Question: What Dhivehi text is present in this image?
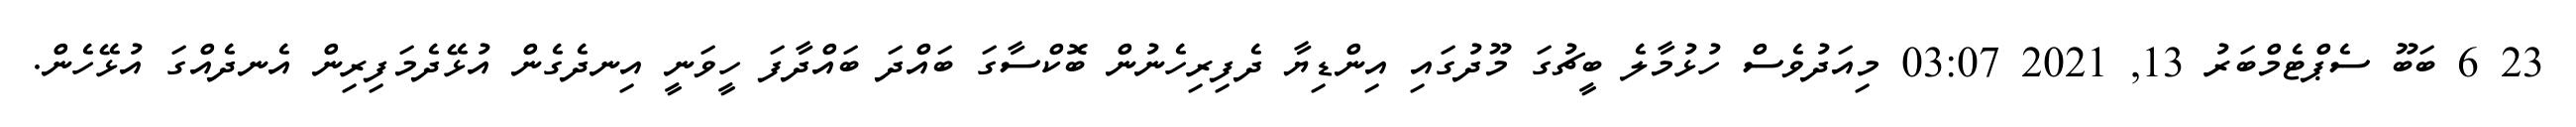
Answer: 23 6 ބަބޫ ސެޕްޓެމްބަރު 13, 2021 03:07 މިއަދުވެސް ހުޅުމާލެ ބީޗުގަ މޫދުގައި އިންޑިޔާ ދެފިރިހެނުން ބޮކްސާގަ ބައްދަ ބައްދާފަ ހީވަނީ އިނދެގެން އުޅޭދެމަފިރިން އެނދެއްގަ އުޅޭހެން.